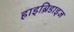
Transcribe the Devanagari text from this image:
हाइब्रिडाइज